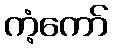
ကံ့ကော်